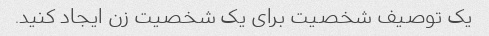
یک توصیف شخصیت برای یک شخصیت زن ایجاد کنید.